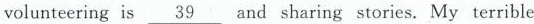
is \underline{39} and sharing stories. My terrible